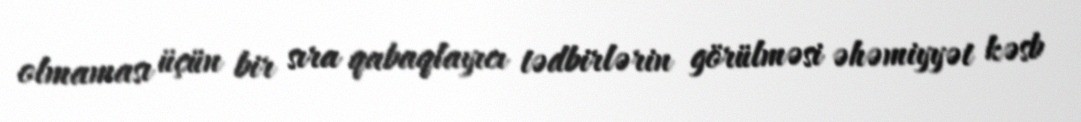
olmaması üçün bir sıra qabaqlayıcı tədbirlərin görülməsi əhəmiyyət kəsb